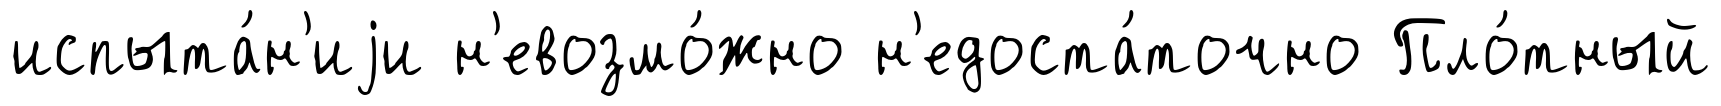
испыта́н'иjи н'евозмо́жно н'едоста́точно Пло́тный